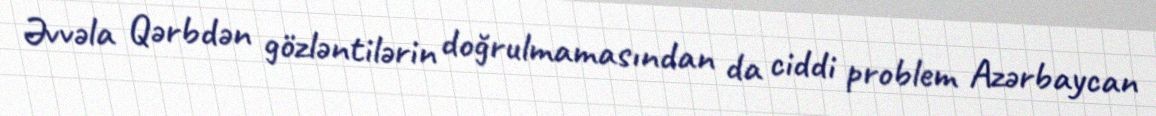
Əvvəla Qərbdən gözləntilərin doğrulmamasından da ciddi problem Azərbaycan